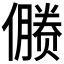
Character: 𰂻